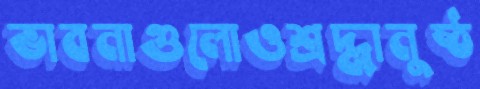
ভাবনাগুলোওশ্রদ্ধানুষ্ঠ